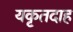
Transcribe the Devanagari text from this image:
यकृतदाह